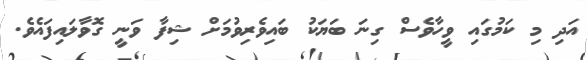
އަދި މި ކަމުގައި ވީހާވެސް ގިނަ ބަޔަކު ބައިވެރިވުމަށް ޝިފާ ވަނީ ގޮވާލައިފައެވެ.